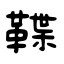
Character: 鞢